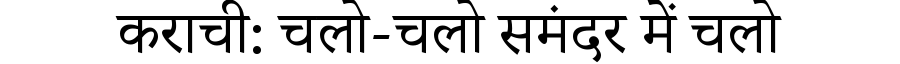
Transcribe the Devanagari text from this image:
कराची: चलो-चलो समंदर में चलो